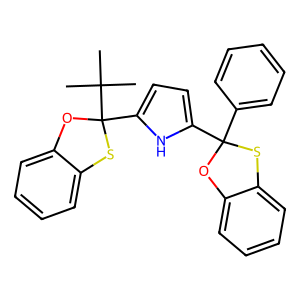
SMILES: CC(C)(C)C1(c2ccc(C3(c4ccccc4)Oc4ccccc4S3)[nH]2)Oc2ccccc2S1
Inhibits HIV replication: No